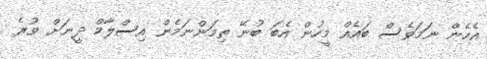
އެހެން ނަމަވެސް ބައެއް މީހުން އެބަ ބުނޭ ތިމަންނަމެން އިސްލާމް ދީނަށް ވުރެ